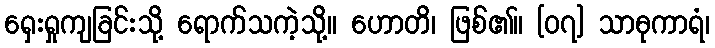
ရှေးရှုကျခြင်းသို့ ရောက်သကဲ့သို့။ ဟောတိ၊ ဖြစ်၏။ [၀၇] သာဓုကာရံ၊